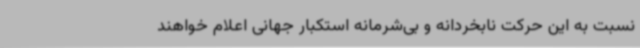
نسبت به این حرکت نابخردانه و بی‌شرمانه استکبار جهانی اعلام خواهند